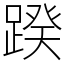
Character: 䠏